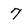
Character: 7